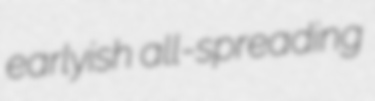
earlyish all-spreading